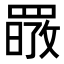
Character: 𦋷